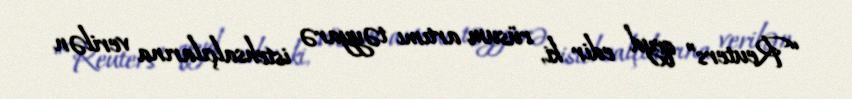
“Reuters” qeyd edir ki, rüsum artımı təyyarə istehsalçılarına verilən